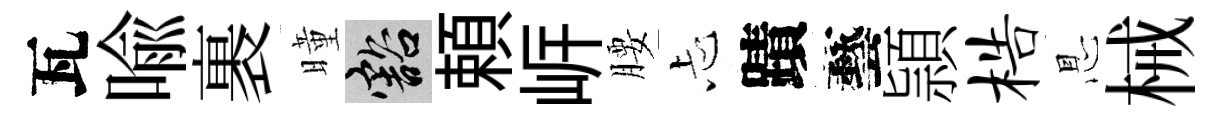
瓦喩裹曈豁頼㟁腰忐蹟藝頴梏㤙械